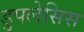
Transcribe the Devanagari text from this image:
डुपलेसिस